Indian journal of veterinary science and animal husbandry - Volumes 18-21, 1948-1951
Year: 1948
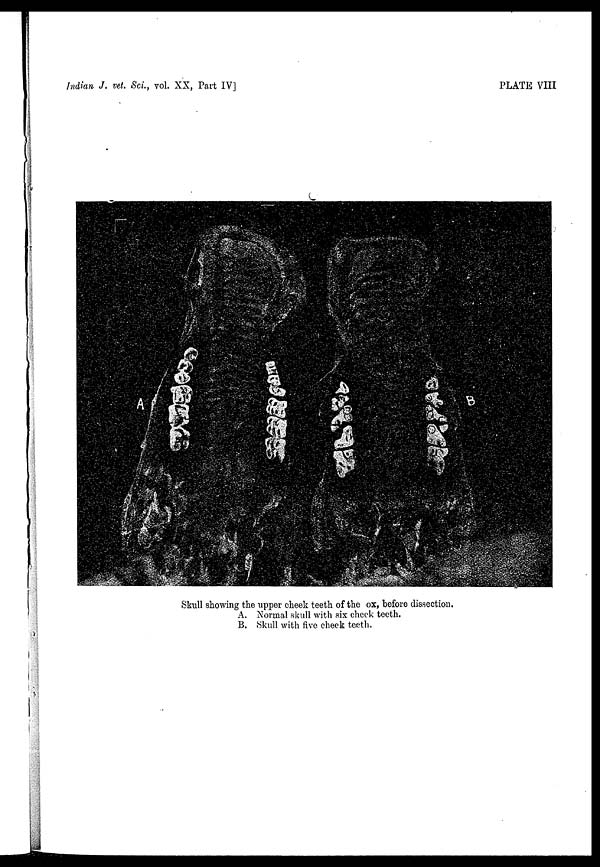
Indian J. vet. Sci., vol. XX, Part IV]
PLATE VIII
Skull showing the upper cheek teeth of the ox, before dissection.
A. Normal skull with six cheek teeth.
B. Skull with five cheek teeth.